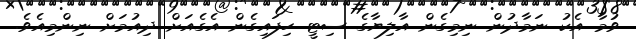
ވުމާ އެކު ނަމާދުން ނިމިގެން އާލިޔާގެ ސިޓީ ހިފައިގެން އެގެއަށް ދިއުމަށް ނިންމިއެވެ.